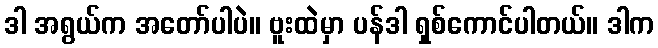
ဒါ အရွယ်က အတော်ပါပဲ။ ဗူးထဲမှာ ပန်ဒါ ရှစ်ကောင်ပါတယ်။ ဒါက